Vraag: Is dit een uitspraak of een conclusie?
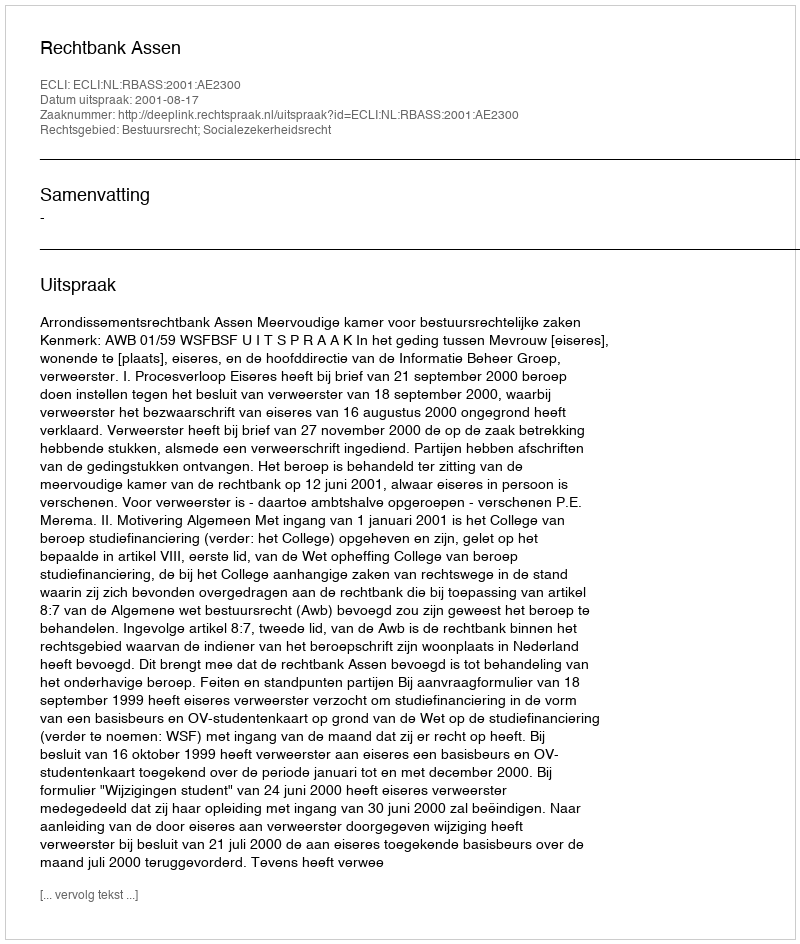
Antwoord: Uitspraak